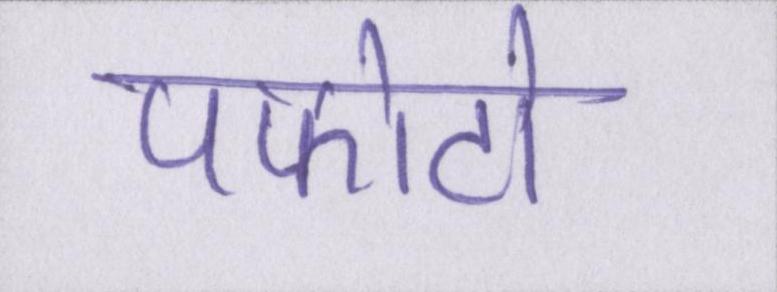
पफोटो